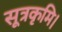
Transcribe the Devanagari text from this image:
सूत्रकृमि।